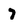
Character: 7